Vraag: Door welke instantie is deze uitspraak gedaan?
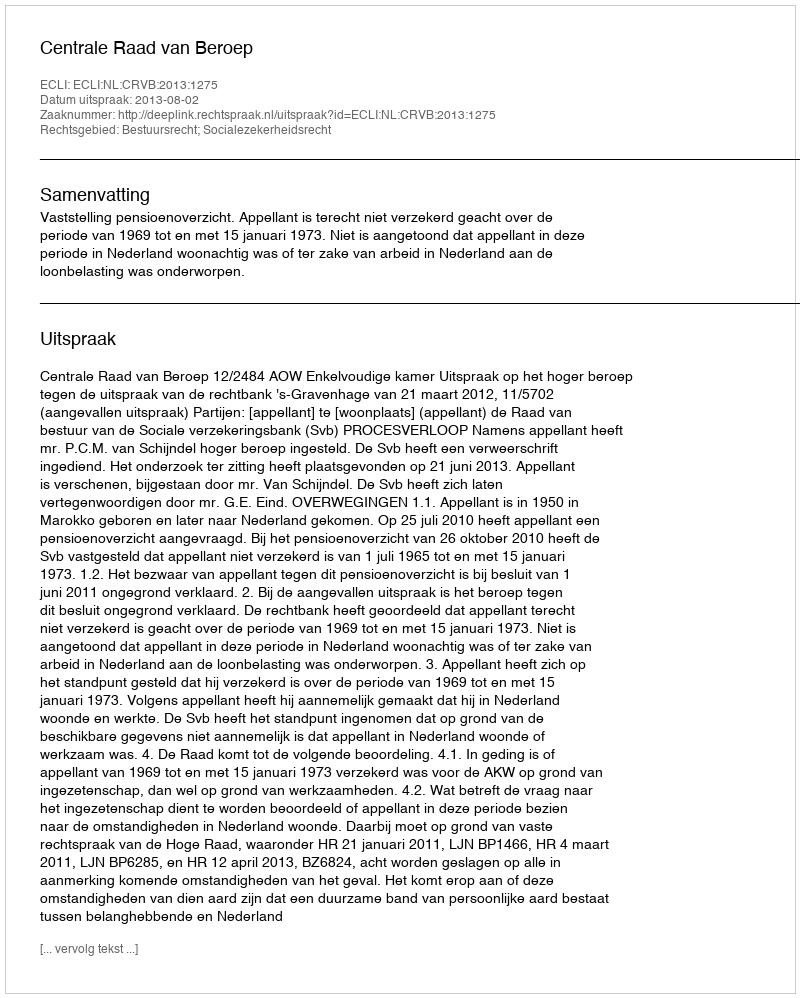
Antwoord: Centrale Raad van Beroep